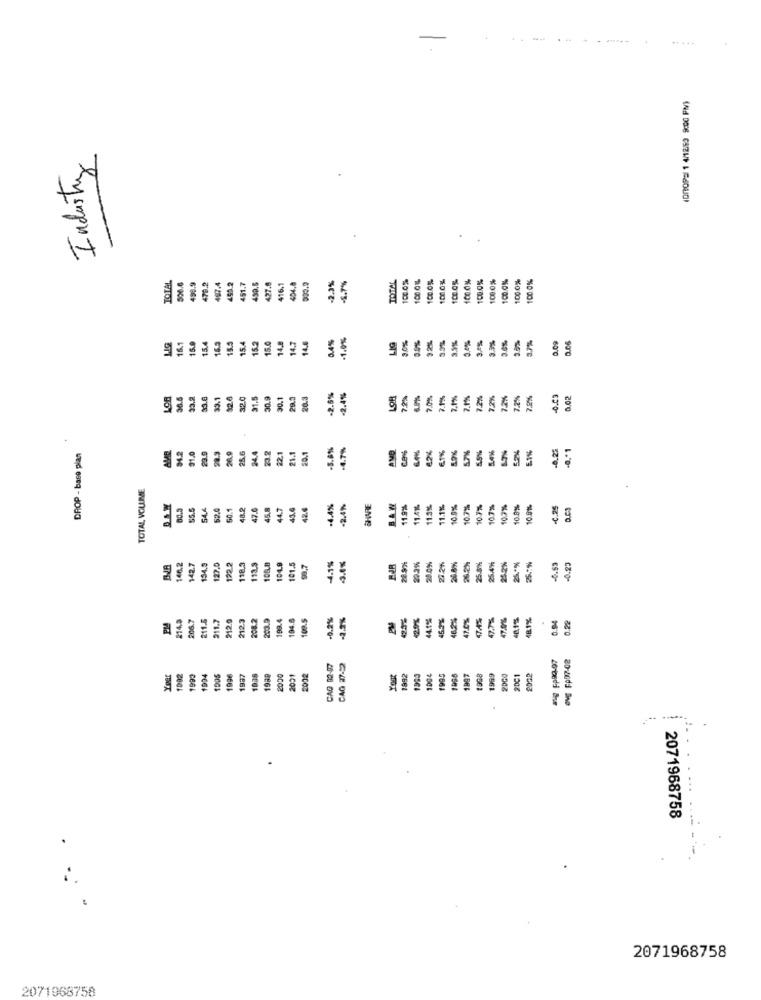
(OnOPEL 1 4/1263 9:00 PM)
Industry
-5.7%
TOTAL
100.0%
100.0%
1000%
100.0%
100.0%
100.0%
1000%
100.0%
TOTAL
498.9
479.2
487.4
459.2
51.7
439.6
427.8
16.1
404.8
2.9%
1000%
159
154
163
15.4
152
15.0
14.8
14.7
14.6
3.4%
-1.0%
LIG
22%
3.5%
3.0%
3.95
0.09
161
15.5
3.0%
3.5%
0,4%%
1.7%
30.5
23,2
83.1
$2.6
32.0
31.5
30.9
90.1
29.3
26.3
-2.5%
-2.4%
72%
7.0%
2.1%
72%
72%
7.2%
7.2%
7.2%
0.23
0.02
94.2
91.0
26.9
25.6
24.4
23.2
22.1
50.1
-5.8%
-4.7%
BMD
62%
59%
69%
0.25
8 .* 1
DROP - base plan
AMR
23.9
21.1
5.7%
TOTAL VOLUME
80.3
55.5
54.4
50.4
48.2
47.0
45.8
44.7
41.6
42.6
-4.4%
-2.4%
SHVIE
BAW
11.9%
11.4%
11.3%
11.1%
10.9%
10.7%
10 77
10.7%
10.7%
10.8%%
-4.25
146.2
142.7
134.9
127.0
122.2
118.3
13.9
104.9
101.5
99,7
4.1%
28.9%
20.3%
28.0%
22%
26.2%
25.8%
25.4%%
25.2%
-0.63
0.23
206.7
311.7
212.0
212.3
208.2
203.9
199.4
194.6
0.2%
en
44.1%
462%
47.0%
47.7%
47.0%
40,1%
0.94
214.3
0.22
ONE FAD7-02
CAO 92-07
CAG 27-22
Year
1999
1996
1937
1038
1989
2020
2031
2002
You
1882
1004
1907
1999
2000
2071968758
-
2071968758
2071968758